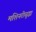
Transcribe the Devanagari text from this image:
मशिनरीसुद्धा